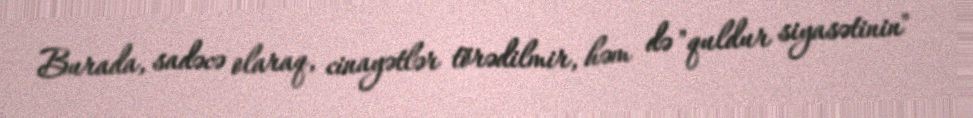
Burada, sadəcə olaraq, cinayətlər törədilmir, həm də "quldur siyasətinin"